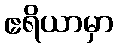
ဧရိယာမှာ